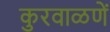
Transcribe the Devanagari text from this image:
कुरवाळणें